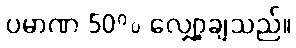
ပမာဏ 50% လျှော့ချသည်။